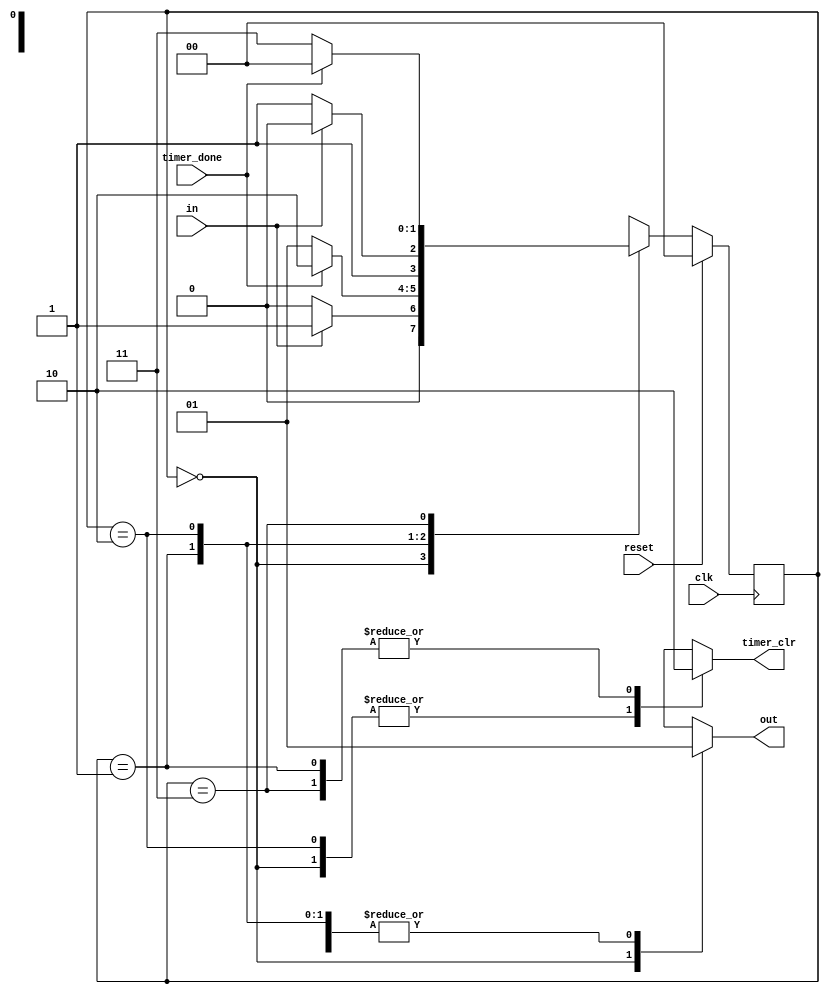
module control (
    clk,
    in,
    reset,
    timer_done,
    timer_clr,
    out,
);
    input clk;
    input in;
    input reset;
    input timer_done;
    output reg timer_clr;
    output reg out;

    //
    parameter LOW = 0;             //
    parameter WAIT_HIGH = 1;       //in=1
    parameter HIGH = 2;            //10ms
    parameter WAIT_LOW = 3;        // in=0
    reg [1:0] state,nextstate;

    //D
    always @(posedge clk) begin
        if(reset) state = LOW;
        else state = nextstate; 
    end

    //
    always @(*) begin
        timer_clr = 1; //
        out = 0; //
        case (state)
            LOW:begin
                if(in) nextstate = WAIT_HIGH;
                else nextstate = LOW;
            end
            WAIT_HIGH:begin
                if(timer_done) nextstate = HIGH;
                else nextstate = WAIT_HIGH;
                timer_clr = 0;
                out = 1;
            end
            HIGH:begin
                if(~in) nextstate = WAIT_LOW;
                else nextstate = HIGH;
                out = 1;
            end
            WAIT_LOW:begin
                if(timer_done) nextstate = LOW;
                else nextstate = WAIT_LOW;
                timer_clr = 0;
                out = 1;
            end
        endcase
    end

endmodule